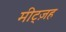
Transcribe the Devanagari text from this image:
मीट्ज़ह